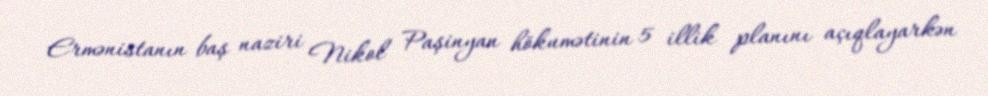
Ermənistanın baş naziri Nikol Paşinyan hökumətinin 5 illik planını açıqlayarkən